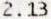
2.13